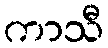
ကာသီ